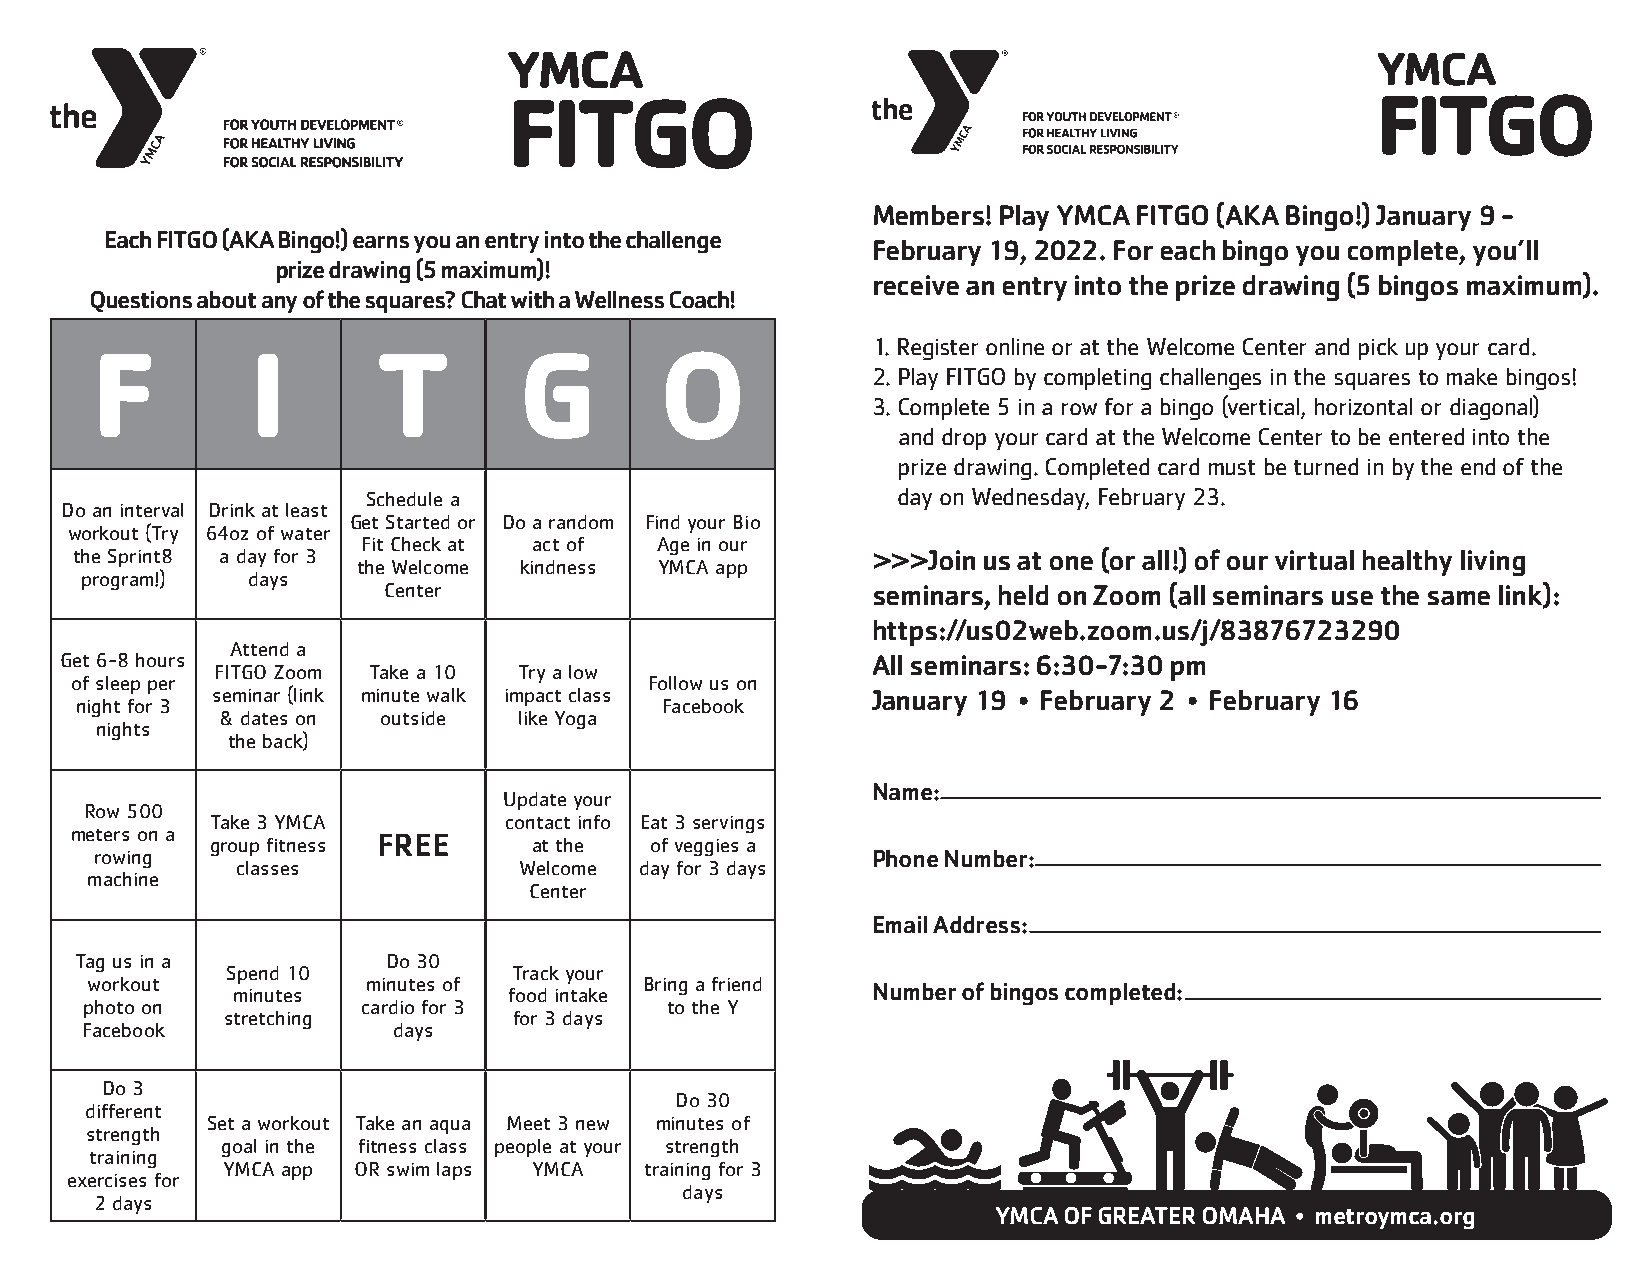
YMCA                                                     YMCA
 FITGO                                                    FITGO
 Members! Play YMCA FITGO (AKA Bingo!) January 9 -
 Each FITGO (AKA Bingo!) earns you an entry into the challenge
 February 19, 2022. For each bingo you complete, you’ll
 prize drawing (5 maximum)!
 receive an entry into the prize drawing (5 bingos maximum).
 Questions about any of the squares? Chat with a Wellness Coach!
 1. Register online or at the Welcome Center and pick up your card.
 F         I        T        G         O
 2. Play FITGO by completing challenges in the squares to make bingos!
 3. Complete 5 in a row for a bingo (vertical, horizontal or diagonal)
 and drop your card at the Welcome Center to be entered into the
 prize drawing. Completed card must be turned in by the end of the
 Schedule a                         day on Wednesday, February 23.
 Do an interval Drink at least
 Get Started or Do a random Find your Bio
 workout (Try 64oz of water
 Fit Check at act of Age in our
 the Sprint8 a day for 3                              >>>Join us at one (or all!) of our virtual healthy living
 the Welcome kindness YMCA app
 program!)  days
 Center                           seminars, held on Zoom (all seminars use the same link):
 https://us02web.zoom.us/j/83876723290
 Attend a
 Get 6-8 hours                                         All seminars: 6:30-7:30 pm
 FITGO Zoom Take a 10 Try a low
 of sleep per                          Follow us on
 seminar (link minute walk impact class      January 19 • February 2 • February 16
 night for 3                            Facebook
 & dates on outside like Yoga
 nights
 the back)
 Name:
 Update your
 Row 500
 Take 3 YMCA        contact info Eat 3 servings
 meters on a
 group fitness FREE   at the  of veggies a
 rowing                                              Phone Number:
 classes           Welcome day for 3 days
 machine
 Center
 Email Address:
 Tag us in a          Do 30
 Spend 10           Track your
 workout  minutes  minutes of food intake Bring a friend Number of bingos completed:
 photo on          cardio for 3        to the Y
 stretching         for 3 days
 Facebook             days
 Do 3
 Do 30
 different
 Set a workout Take an aqua Meet 3 new minutes of
 strength
 goal in the fitness class people at your strength
 training
 YMCA app OR swim laps YMCA  training for 3
 exercises for
 days
 2 days
 YMCA OF GREATER OMAHA • metroymca.org